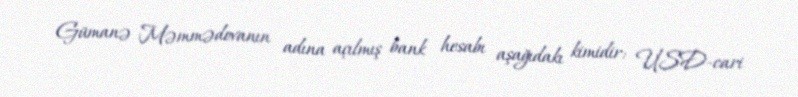
Gümanə Məmmədovanın adına açılmış bank hesabı aşağıdakı kimidir: USD-cari